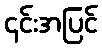
၎င်းအပြင်